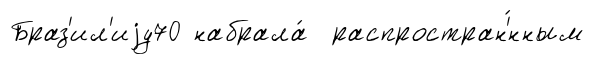
Браз'ил'иjу70 набрала́ распростран'́нным